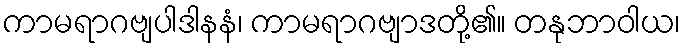
ကာမရာဂဗျပါဒါနနံ၊ ကာမရာဂဗျာဒတို့၏။ တနုဘာဝါယ၊